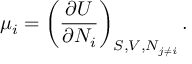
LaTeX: \mu _ { i } = \left( { \frac { \partial U } { \partial N _ { i } } } \right) _ { S , V , N _ { j \neq i } } .